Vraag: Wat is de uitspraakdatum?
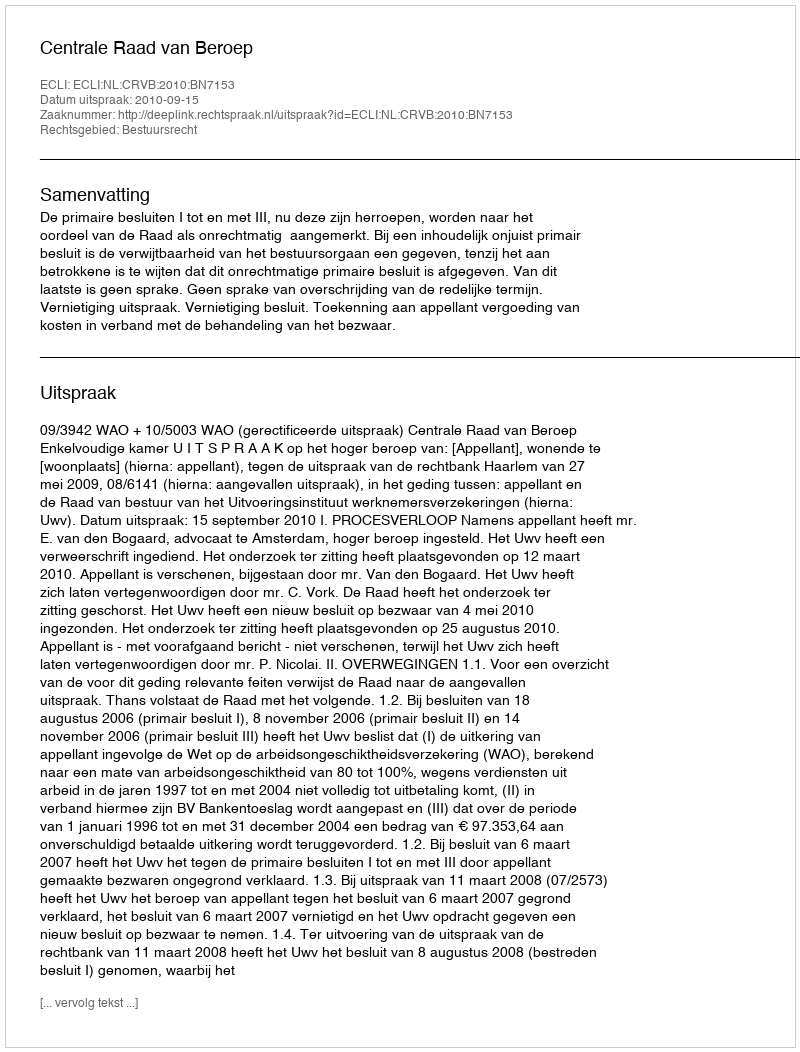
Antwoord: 2010-09-15